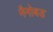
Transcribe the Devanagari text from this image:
नैनोबड